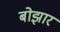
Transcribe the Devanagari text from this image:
बोझार